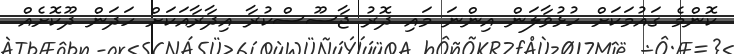
ކޮންމެ ގައުމަކަށް ހުޅުވާލަން އިންނަ މައި ދޮރު ޖާސޫސްކުރާ އިދާރާއަކަށް ހަދަން ދޫކޮށެއް